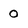
Character: 0